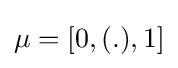
{\textstyle \mathbf {\mu } =[0,(.),1]}